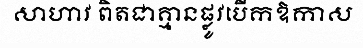
សាហាវ ពិតជាគ្មានផ្លូវបើកឱកាស